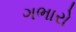
ગભારો